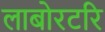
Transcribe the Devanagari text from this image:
लाबोरटरि